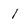
Character: 1